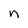
Character: n